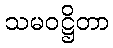
သမဝဋ္ဌိတာ